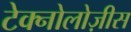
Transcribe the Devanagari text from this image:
टेक्नोलोज़ीस